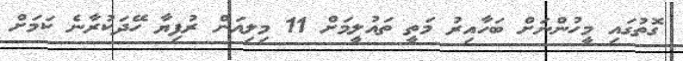
ގޮތުގައި މީހުންނަށް ބަހާއިރު މަތީ ތައުލީމަށް 11 މިލިއަން ރުފިޔާ ހޭދަކުރާނެ ކަމަށް